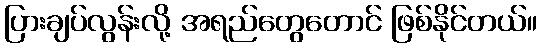
ပြားချပ်လွန်းလို့ အရည်တွေတောင် ဖြစ်နိုင်တယ်။